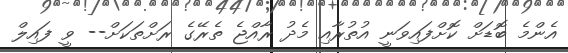
އެންމެ ބޮޑަށް ކޮށްފައިވަނީ އުުތުރާއި މެދު ރާއްޖެ ތެރޭގެ ރަށްތަކަށް-- ވީ ފައިލް